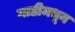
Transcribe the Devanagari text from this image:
गाडीमधून